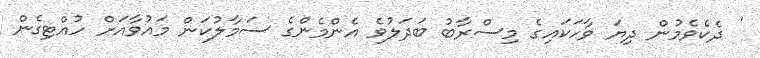
' ދެކެވެމުން ދިޔަ ވާހަކައިގެ މިސްރާބު ބަދަލުވެ އެންމެންގެ ސަމާލުކަން މައުވާއަށް ހުއްޓިގެން